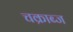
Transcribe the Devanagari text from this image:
चक्राब्ज